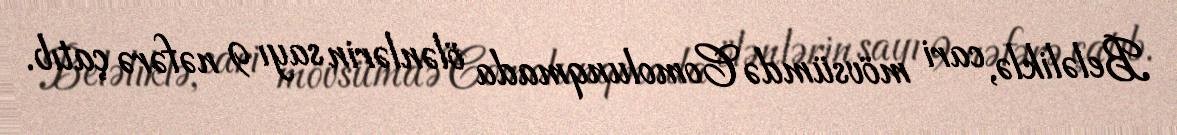
Beləliklə, cari mövsümdə Comolunqmada ölənlərin sayı 9 nəfərə çatıb.